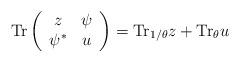
LaTeX: \begin{align*}{\rm Tr} \left( \begin{array}{cc}z & \psi \\\psi^{*} & u \end{array} \right) = {\rm Tr}_{1/\theta} z + {\rm Tr}_{\theta} u\end{align*}